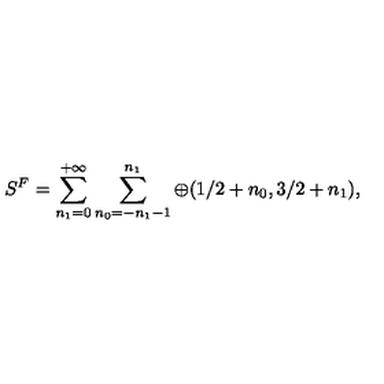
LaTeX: S ^ { F } = \sum _ { n _ { 1 } = 0 } ^ { + \infty } \sum _ { n _ { 0 } = - n _ { 1 } - 1 } ^ { n _ { 1 } } \oplus ( 1 / 2 + n _ { 0 } , 3 / 2 + n _ { 1 } ) ,